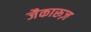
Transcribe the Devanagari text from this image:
जैकारूज़